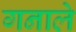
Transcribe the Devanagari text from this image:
गनाले